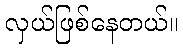
လှယ်ဖြစ်နေတယ်။